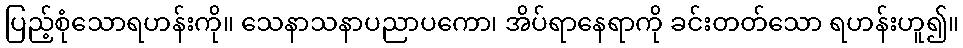
ပြည့်စုံသောရဟန်းကို။ သေနာသနာပညာပကော၊ အိပ်ရာနေရာကို ခင်းတတ်သော ရဟန်းဟူ၍။